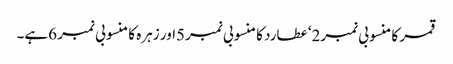
قمر کا منسوبی نمبر2‘ عطارد کا منسوبی نمبر5اور زہرہ کا منسوبی نمبر 6ہے۔